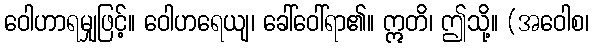
ဝေါဟာရမျှဖြင့်။ ဝေါဟရေယျ၊ ခေါ်ဝေါ်ရာ၏။ ဣတိ၊ ဤသို့။ (အဝေါစ၊